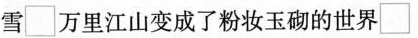
雪\Box 万里江山变成了粉妆玉砌的世界\Box